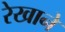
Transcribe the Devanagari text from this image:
रेखाने